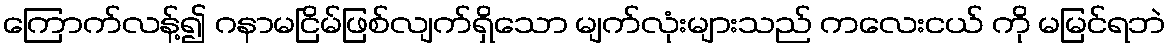
ကြောက်လန့်၍ ဂနာမငြိမ်ဖြစ်လျက်ရှိသော မျက်လုံးများသည် ကလေးငယ် ကို မမြင်ရဘဲ